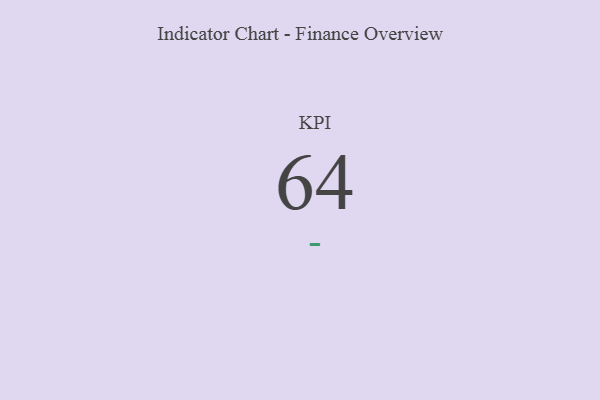
{"axis": {"x": "KPI", "y": "Value"}, "legend": [""], "data": [{"x": "KPI", "y": 64, "type": ""}]}